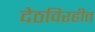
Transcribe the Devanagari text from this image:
देठविरहीत